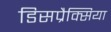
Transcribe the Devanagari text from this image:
डिसप्रैक्सिया